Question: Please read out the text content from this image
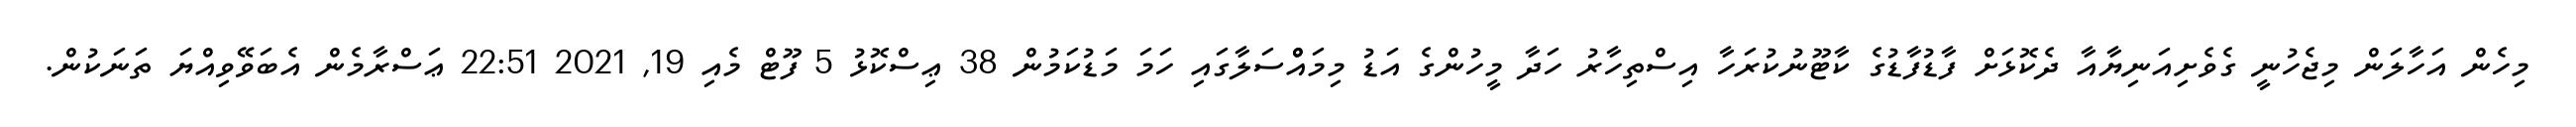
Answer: މިހެން އަހާލަން މިޖެހުނީ ގެވެށިއަނިޔާއާ ދެކޮޅަށް ފާޑުފާޑުގެ ކާޓޫނުކުރަހާ އިސްތިހާރު ހަދާ މީހުންގެ އަޑު މިމައްްސަލާގައި ހަމަ މަޑުކަމުން 38 ޢިސްކޮޅު 5 ފޫޓް މެއި 19, 2021 22:51 ޢަސްރާމެން އެބަވޭވިއްޔަ ތަނަކުން.